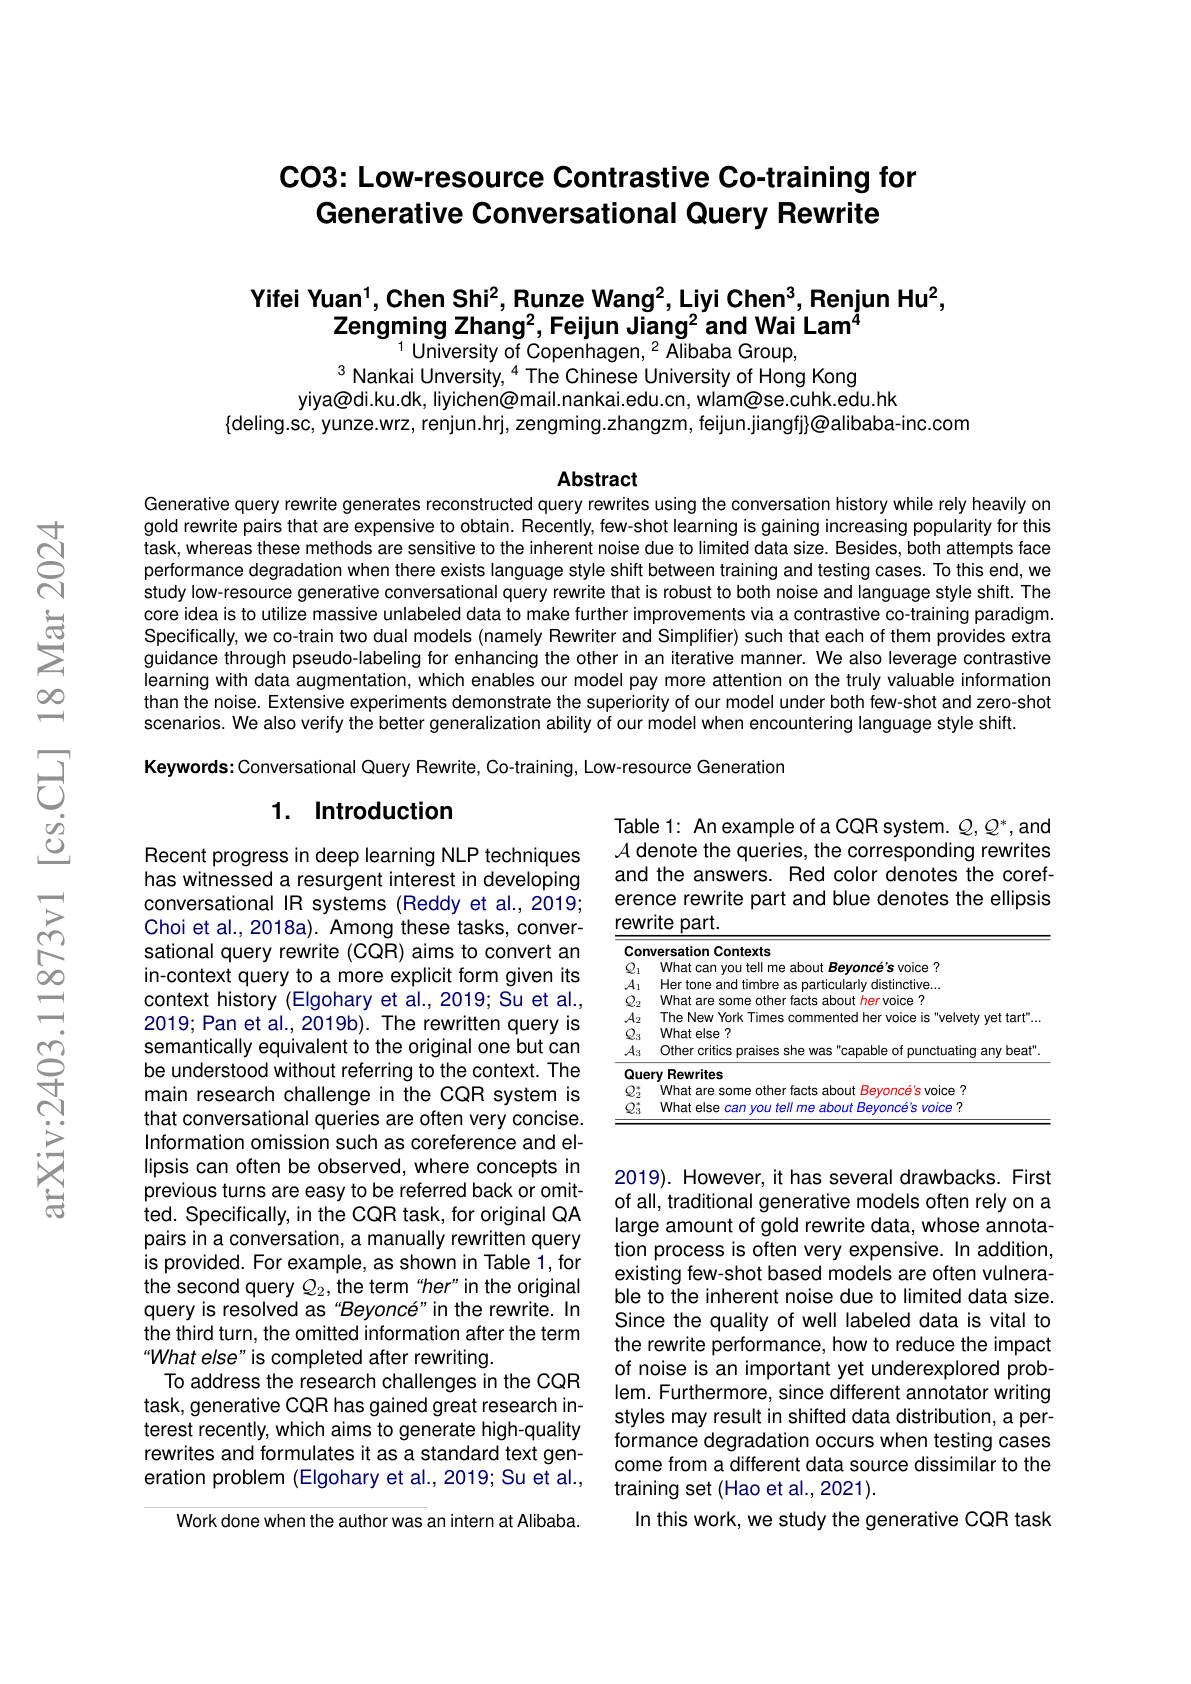
# CO3: Low-resource Contrastive Co-training for Generative Conversational Query Rewrite

# Yifei Yuan$^1$,Chen Shi$^2$,Runze Wang$^2$,Liyi Chen$^3$,Renjun Hu$^2$, Zengming Zhang$^2$,Feijun Jiang$^2$and Wai Lam$^{4}$ $^{1}$ University of Copenhagen, $^2$ Alibaba Group,

$^{3}$Nankai Unversity,$^{4}$The Chinese University of Hong Kong
yiya@di.ku.dk, liyichen@mail.nankai.edu.cn, wlam@se.cuhk.edu.hk
$\{$deling.sc, yunze.wrz, renjun.hrj, zengming.zhangzm, feijun.jiangfj}@alibaba-inc.com

Abstract

Generative query rewrite generates reconstructed query rewrites using the conversation history while rely heavily on gold rewrite pairs that are expensive to obtain. Recently, few-shot learning is gaining increasing popularity for this task, whereas these methods are sensitive to the inherent noise due to limited data size. Besides, both attempts face performance degradation when there exists language style shift between training and testing cases. To this end, we study low-resource generative conversational query rewrite that is robust to both noise and language style shift. The core idea is to utilize massive unlabeled data to make further improvements via a contrastive co-training paradigm. Specifically, we co-train two dual models (namely Rewriter and Simplitier) such that each of them provides extra guidance through pseudo-labeling for enhancing the other in an iterative manner. We also leverage contrastive learning with data augmentation, which enables our model pay more attention on the truly valuable information than the noise. Extensive experiments demonstrate the superiority of our model under both few-shot and zero-shot scenarios. We also verify the better generalization ability of our model when encountering language style shift.
Keywords: Conversational Query Rewrite, Co-training, Low-resource Generation

## 1. Introduction

Table 1: An example of a CQR system. $Q,Q^*$,and A denote the queries, the corresponding rewrites and the answers. Red color denotes the coreference rewrite part and blue denotes the ellipsis rewrite part.

<table>
	<tbody>
		<tr>
			<th>Con</th>
			<th>oreatinr Contexts</th>
		</tr>
		<tr>
			<th>$Q_1$</th>
			<th>What can tell me about Bevoncé's voice 7</th>
		</tr>
		<tr>
			<td>$A.$ .1</td>
			<td>Hertone</td>
		</tr>
		<tr>
			<td>$Q.$</td>
			<td>What are tacts ahnit rvnice 7</td>
		</tr>
		<tr>
			<td>$A_2$</td>
			<td>Ynrk</td>
		</tr>
		<tr>
			<td>$Q_{3}$ 1</td>
			<td>What else ?</td>
		</tr>
		<tr>
			<td>$A_3$</td>
			<td>Other critic: any beat</td>
		</tr>
		<tr>
			<td>Que 1</td>
			<td>ery Rewrites</td>
		</tr>
		<tr>
			<td>$Q_{2}^{*}$</td>
			<td>Wha nther tacts s about Bevoncé's s voice 7</td>
		</tr>
		<tr>
			<td>$Q_{3}^{*}$</td>
			<td>What els ahnit e</td>
		</tr>
	</tbody>
</table>

Recent progress in deep learning NLP techniques has witnessed a resurgent interest in developing conversational IR systems (Reddy et al., 2019; Choi et al., 2018a). Among these tasks, conversational query rewrite (CQR) aims to convert an in-context query to a more explicit form given its context history (Elgohary et al.,2019; Su et al., 2019; Pan et al., 2019b). The rewritten query is semantically equivalent to the original one but can be understood without referring to the context. The main research challenge in the CQR system is that conversational queries are often very concise. Information omission such as coreference and ellipsis can often be observed, where concepts in previous turns are easy to be referred back or omitted. Specifically, in the CQR task, for original QA pairs in a conversation, a manually rewritten query is provided. For example, as shown in Table 1, for the second query $Q_{2}$,the term “her”in the original query is resolved as“Beyoncé" in the rewrite. In the third turn, the omitted information after the term What else" is completed after rewriting.
To address the research challenges in the CQR task, generative CQR has gained great research interest recently, which aims to generate high-quality rewrites and formulates it as a standard text generation problem (EIgohary et al., 2019; Su et al.,
Work done when the author was an intern at Alibaba.

2019). However, it has several drawbacks. First of all, traditional generative models often rely on a large amount of gold rewrite data, whose annotation process is often very expensive. In addition, existing few-shot based models are often vulnerable to the inherent noise due to limited data size. Since the quality of well labeled data is vital to the rewrite performance, how to reduce the impact of noise is an important yet underexplored problem. Furthermore, since different annotator writing styles may result in shifted data distribution, a performance degradation occurs when testing cases come from a different data source dissimilar to the training set (Hao et al., 2021).
In this work, we study the generative CQR task